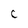
Character: C